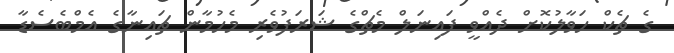
ގެ ޗެކް ހަވާލުކޮށް ދެއްވީ ފައިނަލް މެޗްގެ ޝަރަފުވެރި މެހުމާން ޗައިނާގެ އެމްބެސެޑާ